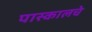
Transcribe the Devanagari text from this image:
पास्कालचे